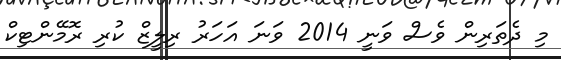
މި ދެތަރިން ވެސް ވަނީ 2014 ވަނަ އަހަރު ރިލީޒް ކުރި ރޮމޭންޓިކް